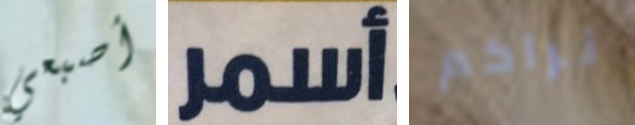
أصبعي أسمر نراكم